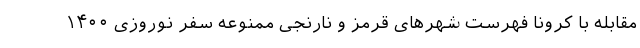
مقابله با کرونا فهرست شهرهای قرمز و نارنجی ممنوعه سفر نوروزی ۱۴۰۰